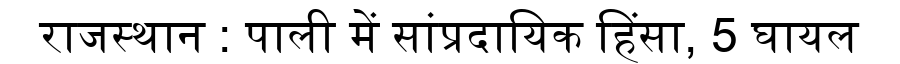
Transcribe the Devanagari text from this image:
राजस्थान : पाली में सांप्रदायिक हिंसा, 5 घायल